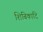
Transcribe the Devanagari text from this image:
शिबिकादि